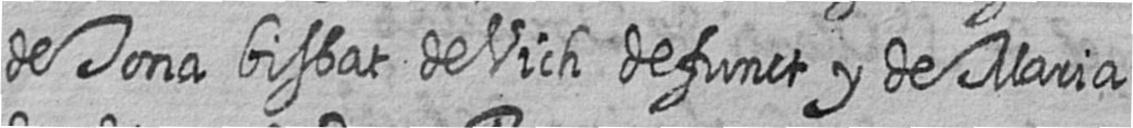
de Tona bisbat de Vich defunct y de Maria